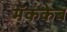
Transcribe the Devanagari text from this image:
मॅककेब